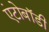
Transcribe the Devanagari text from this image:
एंटोबॉडी